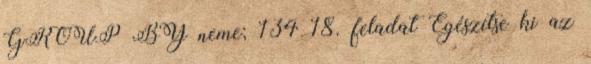
GROUP BY neme; 134 18. feladat Egészítse ki az